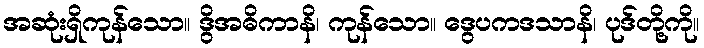
အဆုံးရှိကုန်သော။ ဒွိအဓိကာနိ၊ ကုန်သော။ ဒွေပကဒသာနိ၊ ပုဒ်တို့ကို။